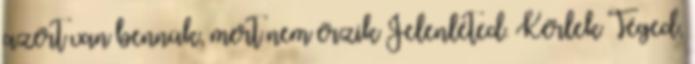
azért van bennük, mert nem érzik Jelenléted. Kérlek Téged,